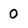
Character: 0